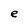
Character: e